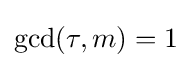
\gcd(\tau ,m)=1